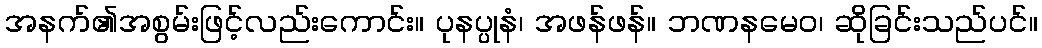
အနက်၏အစွမ်းဖြင့်လည်းကောင်း။ ပုနပ္ပုနံ၊ အဖန်ဖန်။ ဘဏနမေဝ၊ ဆိုခြင်းသည်ပင်။